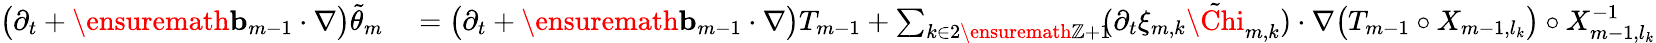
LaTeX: \begin{array}{rl}{\bigl(\partial_{t}+\ensuremath{\mathbf{b}}_{m-1}\cdot\nabla\bigr)\tilde{\theta}_{m}}&{{}=\bigl(\partial_{t}+\ensuremath{\mathbf{b}}_{m-1}\cdot\nabla\bigr)T_{m-1}+\sum_{k\in 2\ensuremath{\mathbb{Z}}+1}\! \! (\partial_{t}\xi_{m,k}\tilde{\Chi}_{m,k})\cdot\nabla\bigl(T_{m-1}\circ X_{m-1,l_{k}}\bigr)\circ X_{m-1,l_{k}}^{-1}}\end{array}